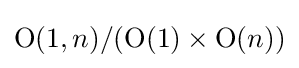
\mathrm {O} (1,n)/(\mathrm {O} (1)\times \mathrm {O} (n))